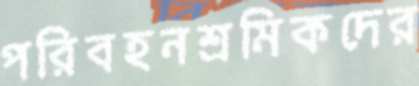
পরিবহনশ্রমিকদের